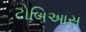
ટોબિઆસ